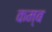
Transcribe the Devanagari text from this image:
कम्ब